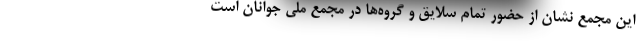
این مجمع نشان از حضور تمام سلایق و گروه‌ها در مجمع ملی جوانان است